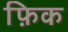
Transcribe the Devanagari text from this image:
फ़िक